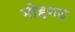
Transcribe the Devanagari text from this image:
मोहनद